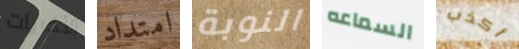
الأخريات امتداد النوبة السماعه أكذب